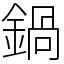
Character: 鍋